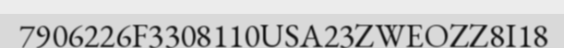
7906226F3308110USA23ZWEOZZ8I18